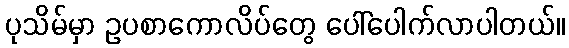
ပုသိမ်မှာ ဥပစာကောလိပ်တွေ ပေါ်ပေါက်လာပါတယ်။